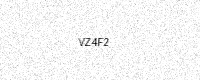
Text: VZ4F2